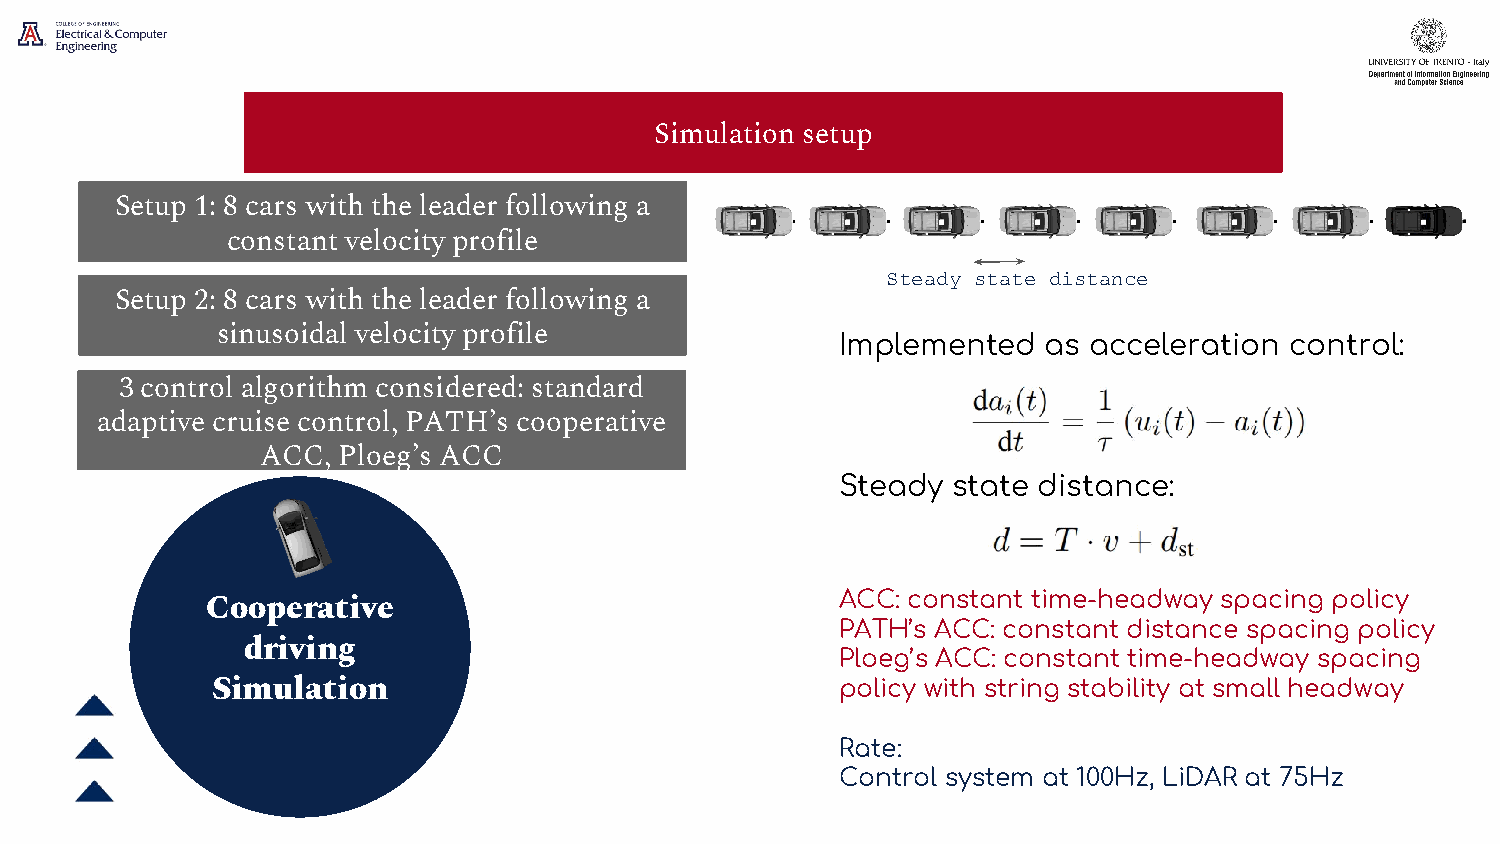
Simulation setup
 Setup 1: 8 cars with the leader following a
 constant velocity profile
 Steady state distance
 Setup 2: 8 cars with the leader following a
 sinusoidal velocity profile               Implemented  as acceleration control:
 3 control algorithm considered: standard
 adaptive cruise control, PATH’s cooperative
 ACC, Ploeg’s ACC
 Steady state distance:
 ACC: constant time-headway spacing policy
 Cooperative
 PATH’s ACC: constant distance spacing policy
 driving
 Ploeg’s ACC: constant time-headway spacing
 Simulation                                policy with string stability at small headway
 Rate:
 Control system at 100Hz, LiDAR at 75Hz